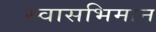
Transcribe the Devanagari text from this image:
स्वासभिमान